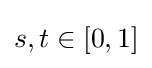
s,t\in [0,1]